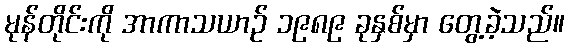
မုန်တိုင်းကို အာကာသယာဉ် ၁၉၈၉ ခုနှစ်မှာ တွေ့ခဲ့သည်။